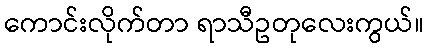
ကောင်းလိုက်တာ ရာသီဥတုလေးကွယ်။